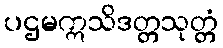
ပဌမဣသိဒတ္တသုတ္တံ